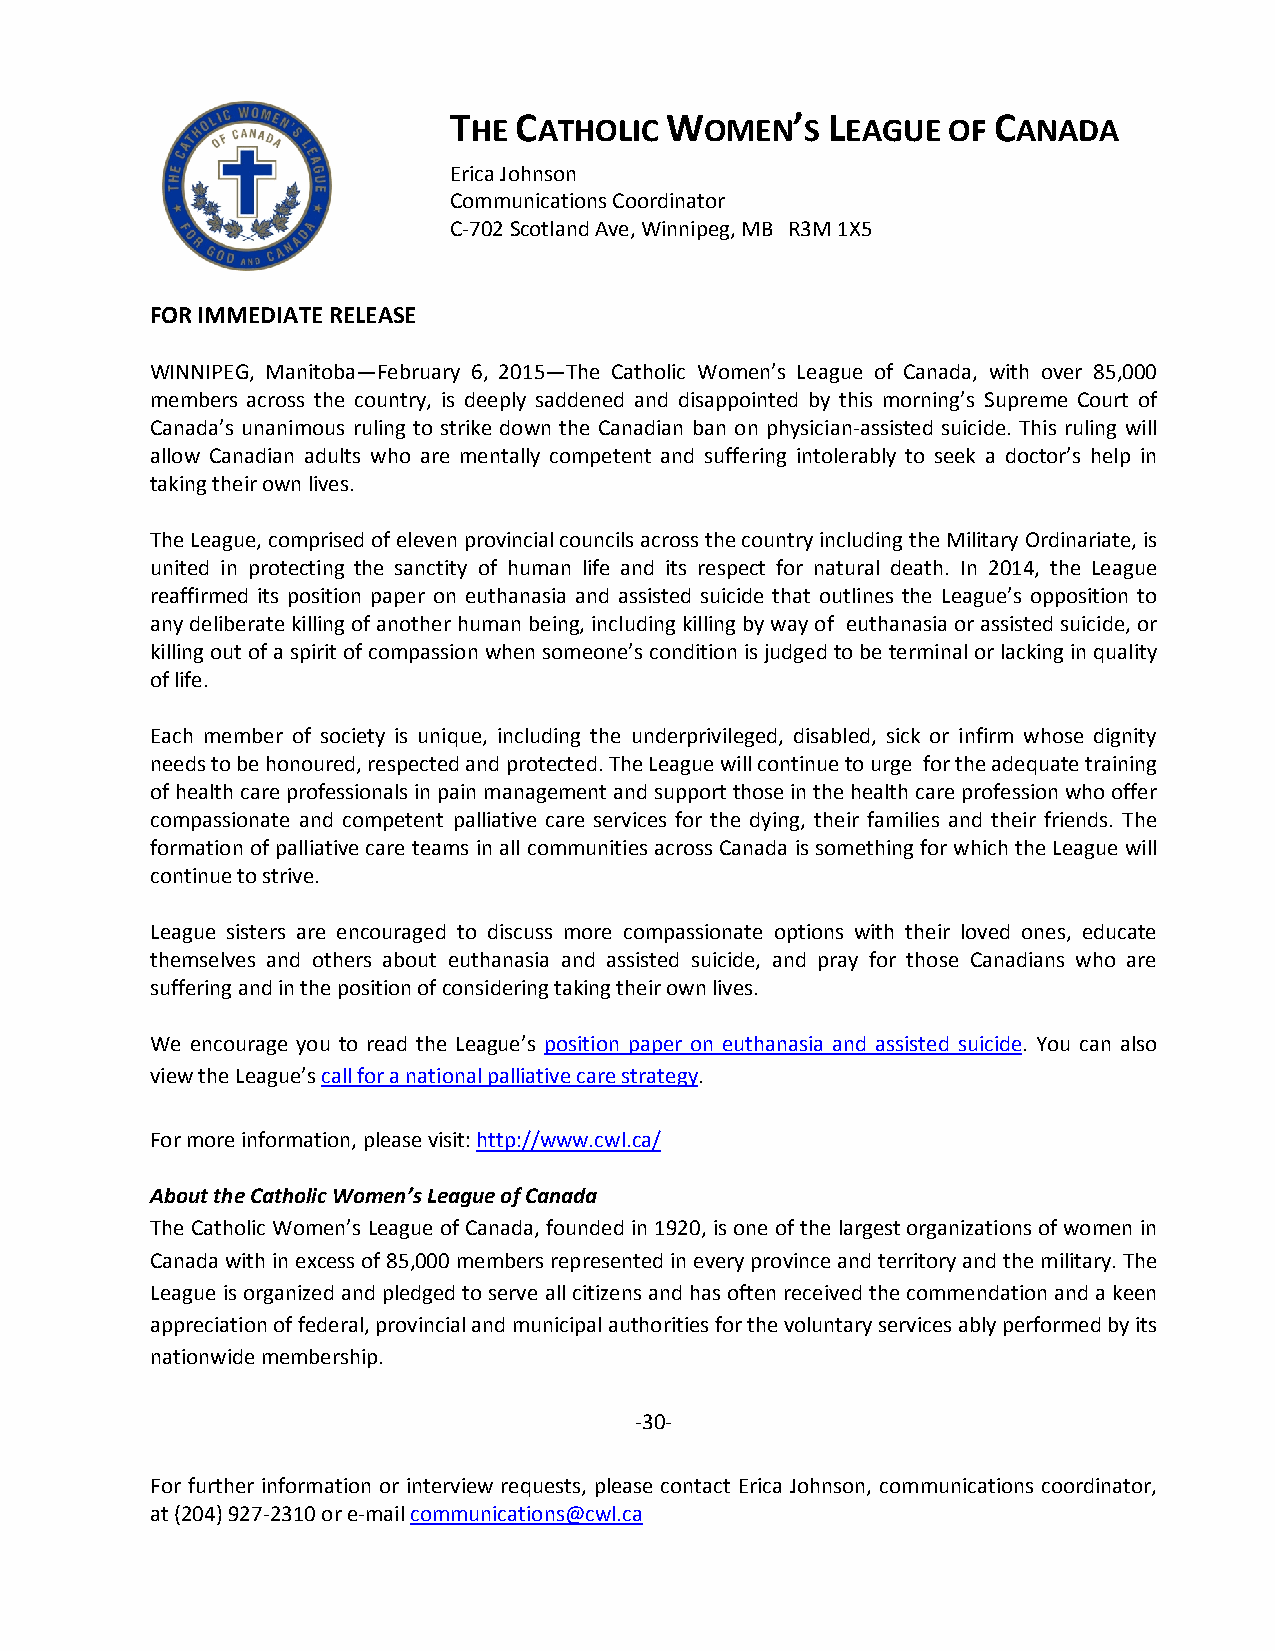
THE CATHOLIC  WOMEN’S    LEAGUE  OF CANADA
 Erica Johnson
 Communications Coordinator
 C-702 Scotland Ave, Winnipeg, MB R3M 1X5
 FOR IMMEDIATE RELEASE
 WINNIPEG, Manitoba—February 6, 2015—The Catholic Women’s League of Canada, with over 85,000
 members across the country, is deeply saddened and disappointed by this morning’s Supreme Court of
 Canada’s unanimous ruling to strike down the Canadian ban on physician-assisted suicide. This ruling will
 allow Canadian adults who are mentally competent and suffering intolerably to seek a doctor’s help in
 taking their own lives.
 The League, comprised of eleven provincial councils across the country including the Military Ordinariate, is
 united in protecting the sanctity of human life and its respect for natural death. In 2014, the League
 reaffirmed its position paper on euthanasia and assisted suicide that outlines the League’s opposition to
 any deliberate killing of another human being, including killing by way of euthanasia or assisted suicide, or
 killing out of a spirit of compassion when someone’s condition is judged to be terminal or lacking in quality
 of life.
 Each member of society is unique, including the underprivileged, disabled, sick or infirm whose dignity
 needs to be honoured, respected and protected. The League will continue to urge for the adequate training
 of health care professionals in pain management and support those in the health care profession who offer
 compassionate and competent palliative care services for the dying, their families and their friends. The
 formation of palliative care teams in all communities across Canada is something for which the League will
 continue to strive.
 League sisters are encouraged to discuss more compassionate options with their loved ones, educate
 themselves and others about euthanasia and assisted suicide, and pray for those Canadians who are
 suffering and in the position of considering taking their own lives.
 We encourage you to read the League’s position paper on euthanasia and assisted suicide. You can also
 view the League’s call for a national palliative care strategy.
 For more information, please visit: http://www.cwl.ca/
 About the Catholic Women’s League of Canada
 The Catholic Women’s League of Canada, founded in 1920, is one of the largest organizations of women in
 Canada with in excess of 85,000 members represented in every province and territory and the military. The
 League is organized and pledged to serve all citizens and has often received the commendation and a keen
 appreciation of federal, provincial and municipal authorities for the voluntary services ably performed by its
 nationwide membership.
 -30-
 For further information or interview requests, please contact Erica Johnson, communications coordinator,
 at (204) 927-2310 or e-mail communications@cwl.ca